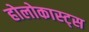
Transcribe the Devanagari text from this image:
होलोकास्ट्स